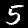
Label: 5